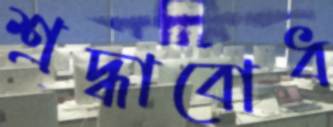
শ্রদ্ধাবোধ